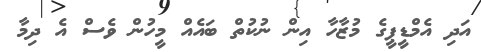
އަދި އެމްޑީޕީގެ މުޒާހާ އިން ނުކުތް ބައެއް މީހުން ވެސް އެ ދިމާ